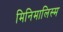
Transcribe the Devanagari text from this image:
मिनिमालिस्म